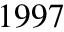
1 9 9 7